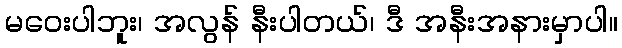
မဝေးပါဘူး၊ အလွန် နီးပါတယ်၊ ဒီ အနီးအနားမှာပါ။